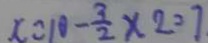
x = 1 0 - \frac { 3 } { 2 } \times 2 = 7